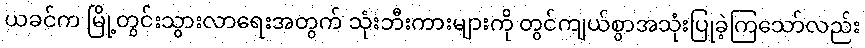
ယခင်က မြို့တွင်းသွားလာရေးအတွက် သုံးဘီးကားများကို တွင်ကျယ်စွာအသုံးပြုခဲ့ကြသော်လည်း